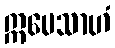
ဣမေသာဟံ